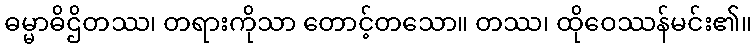
ဓမ္မာဓိဌိတဿ၊ တရားကိုသာ တောင့်တသော။ တဿ၊ ထိုဝေဿန်မင်း၏။